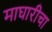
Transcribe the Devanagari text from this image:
माघारीचा